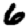
Digit: 6